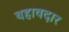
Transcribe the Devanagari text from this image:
बहावदार